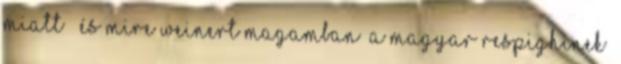
miatt – és mire Weinert magamban „a magyar Respighinek”